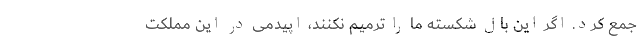
جمع کرد. اگر این بال شکسته ما را ترمیم نکنند، اپیدمی در این مملکت